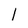
Character: 1